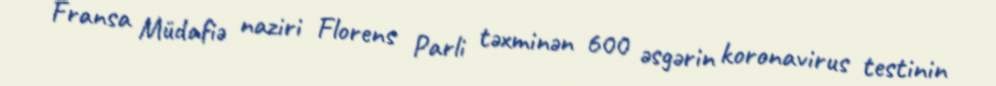
Fransa Müdafiə naziri Florens Parli təxminən 600 əsgərin koronavirus testinin